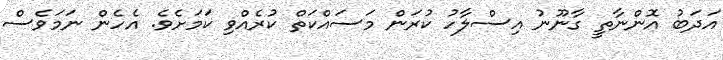
އަދަބު އޮންނާތީ ގާނޫނު އިސްލާހު ކުރަން މަސައްކަތް ކުރެއްވި ކަަމަށެވެ. އެހެން ނަމަވެސް